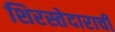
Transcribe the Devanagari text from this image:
शिरस्तेदाराची